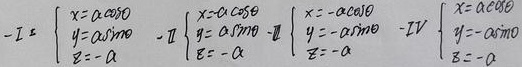
\[
-I:\begin{cases}
x = a\cos\theta\\
y = a\sin\theta\\
z=-a
\end{cases}
-II:\begin{cases}
x = a\cos\theta\\
y = -a\sin\theta\\
z=-a
\end{cases}
-III:\begin{cases}
x = -a\cos\theta\\
y = -a\sin\theta\\
z=-a
\end{cases}
-IV:\begin{cases}
x = a\cos\theta\\
y = a\sin\theta\\
z = -a
\end{cases}
\]